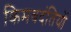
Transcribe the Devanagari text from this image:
किमवदंतियों